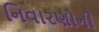
નિવારણોની